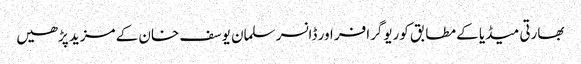
بھارتی میڈیا کے مطابق کوریوگرافر اور ڈانسر سلمان یوسف خان کے مزید پڑھیں